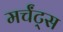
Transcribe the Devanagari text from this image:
मर्चंट्‌स